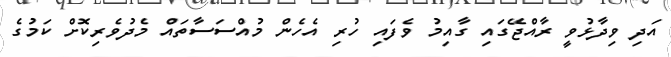
އަދި ވިދާޅުވީ ރާއްޖޭގައި ގާއިމު ވެފައި ހުރި އެހެން މުއްސަސާތައް މެދުވެރިކޮށް ކަމުގެ